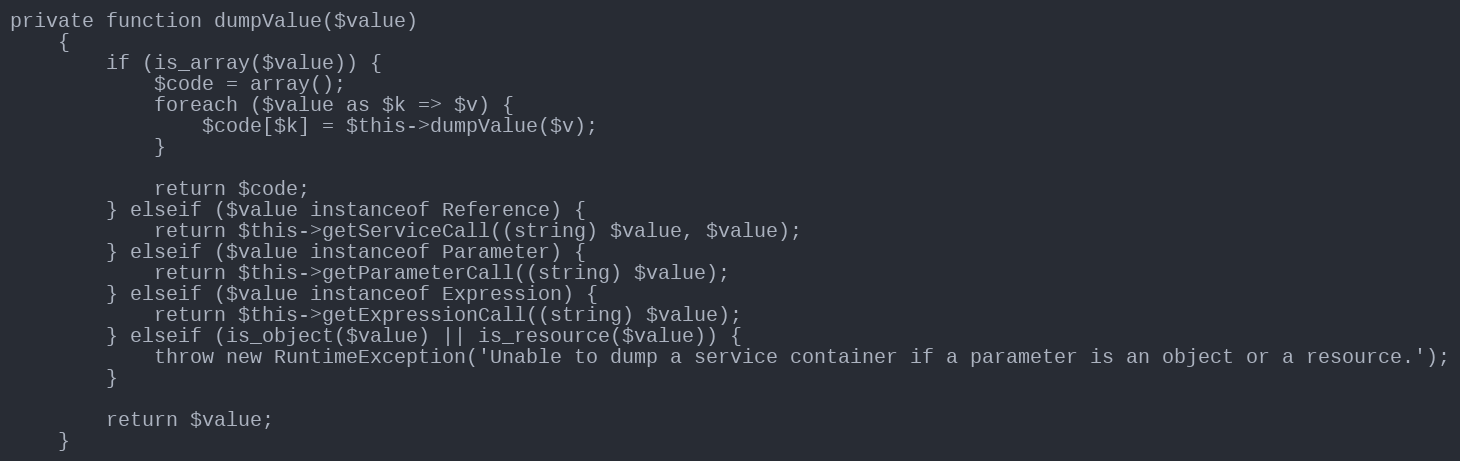
Language: PHP
private function dumpValue($value)
    {
        if (is_array($value)) {
            $code = array();
            foreach ($value as $k => $v) {
                $code[$k] = $this->dumpValue($v);
            }

            return $code;
        } elseif ($value instanceof Reference) {
            return $this->getServiceCall((string) $value, $value);
        } elseif ($value instanceof Parameter) {
            return $this->getParameterCall((string) $value);
        } elseif ($value instanceof Expression) {
            return $this->getExpressionCall((string) $value);
        } elseif (is_object($value) || is_resource($value)) {
            throw new RuntimeException('Unable to dump a service container if a parameter is an object or a resource.');
        }

        return $value;
    }